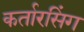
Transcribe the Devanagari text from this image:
कर्तारसिंग